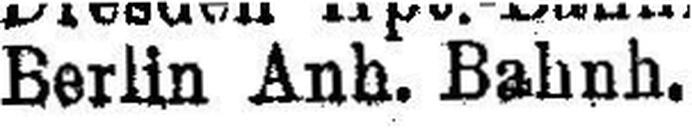
Berlin Anh. Bahnh.